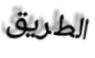
الطريق